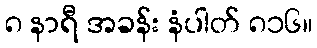
၈ နာရီ အခန်း နံပါတ် ၈၁၆။